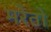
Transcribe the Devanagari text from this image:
मरेतो